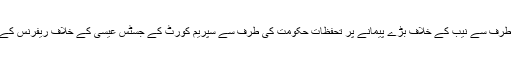
سوال اٹھتا ہے سپریم کورٹ کی طرف سے نیب کے خلاف بڑے پیمانے پر تحفظات حکومت کی طرف سے سپریم کورٹ کے جسٹس عیسیٰ کے خلاف ریفرنس کے بعد ہی،کیونکر سامنے آئے ہیں۔